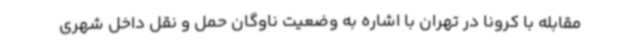
مقابله با کرونا در تهران با اشاره به وضعیت ناوگان حمل و نقل داخل شهری